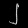
Digit: ၂